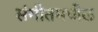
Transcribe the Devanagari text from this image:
संगीतमधील